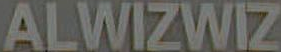
ALWIZWIZ